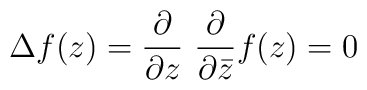
\Delta f(z)=\frac{\partial}{\partial z} ~\frac{\partial}{\partial\bar{z}}f(z)=0